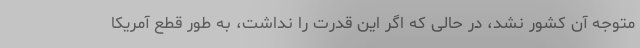
متوجه آن کشور نشد، در حالی که اگر این قدرت را نداشت، به طور قطع آمریکا